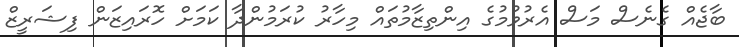
ބާޖެއް ގެނެސް މަސް އެރުވުމުގެ އިންތިޒާމުތައް މިހާރު ކުރަމުންދާ ކަމަށް ހޮރައިޒަން ފިޝަރީޒް